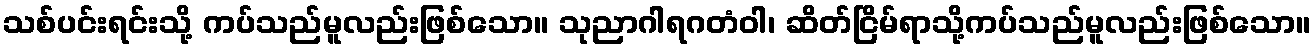
သစ်ပင်းရင်းသို့ ကပ်သည်မူလည်းဖြစ်သော။ သုညာဂါရဂတံဝါ၊ ဆိတ်ငြိမ်ရာသို့ကပ်သည်မူလည်းဖြစ်သော။